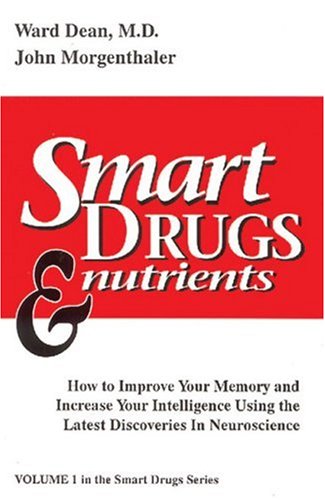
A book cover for Smart Drugs & Nutrients: How to Improve Your Memory and Increase Your Intelligence Using the Latest Discoveries in Neuroscience; M.D. Ward Dean; Medical Books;